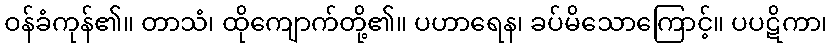
ဝန်ခံကုန်၏။ တာသံ၊ ထိုကျောက်တို့၏။ ပဟာရေန၊ ခပ်မိသောကြောင့်။ ပပဋိကာ၊